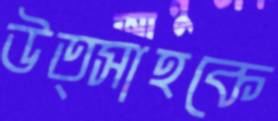
উত্সাহকে